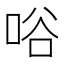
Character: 唂